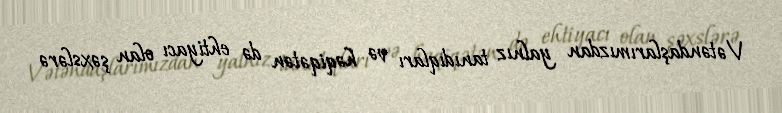
Vətəndaşlarımızdan yalnız tanıdıqları və həqiqətən də ehtiyacı olan şəxslərə